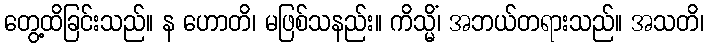
တွေ့ထိခြင်းသည်။ န ဟောတိ၊ မဖြစ်သနည်း။ ကိသ္မိံ၊ အဘယ်တရားသည်။ အသတိ၊